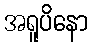
အရူပိနော